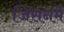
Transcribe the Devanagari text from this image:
जिसनमें